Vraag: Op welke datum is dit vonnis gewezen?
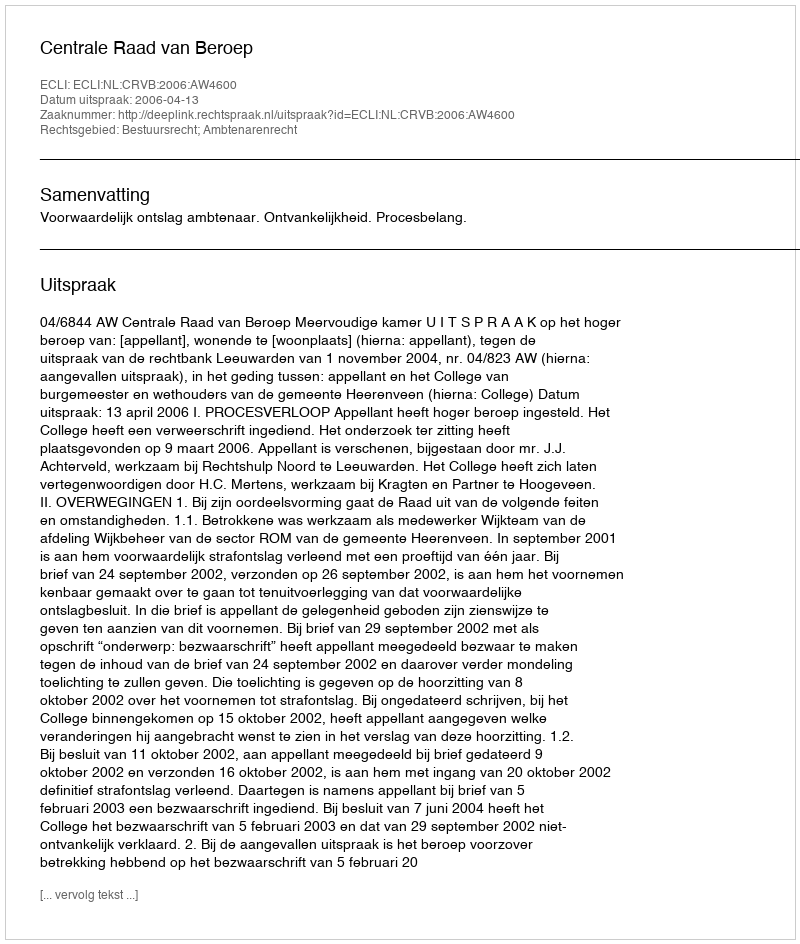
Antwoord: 2006-04-13